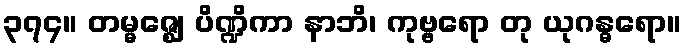
၃၇၄။ တမ္မဇ္ဈေ ပိဏ္ဍိကာ နာဘိ၊ ကုဗ္ဗရော တု ယုဂန္ဓရော။